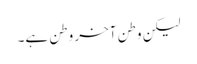
لیکن وطن آخر وطن ہے۔